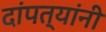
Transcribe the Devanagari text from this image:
दांपत्यांनी